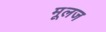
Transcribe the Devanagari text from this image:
मूलज